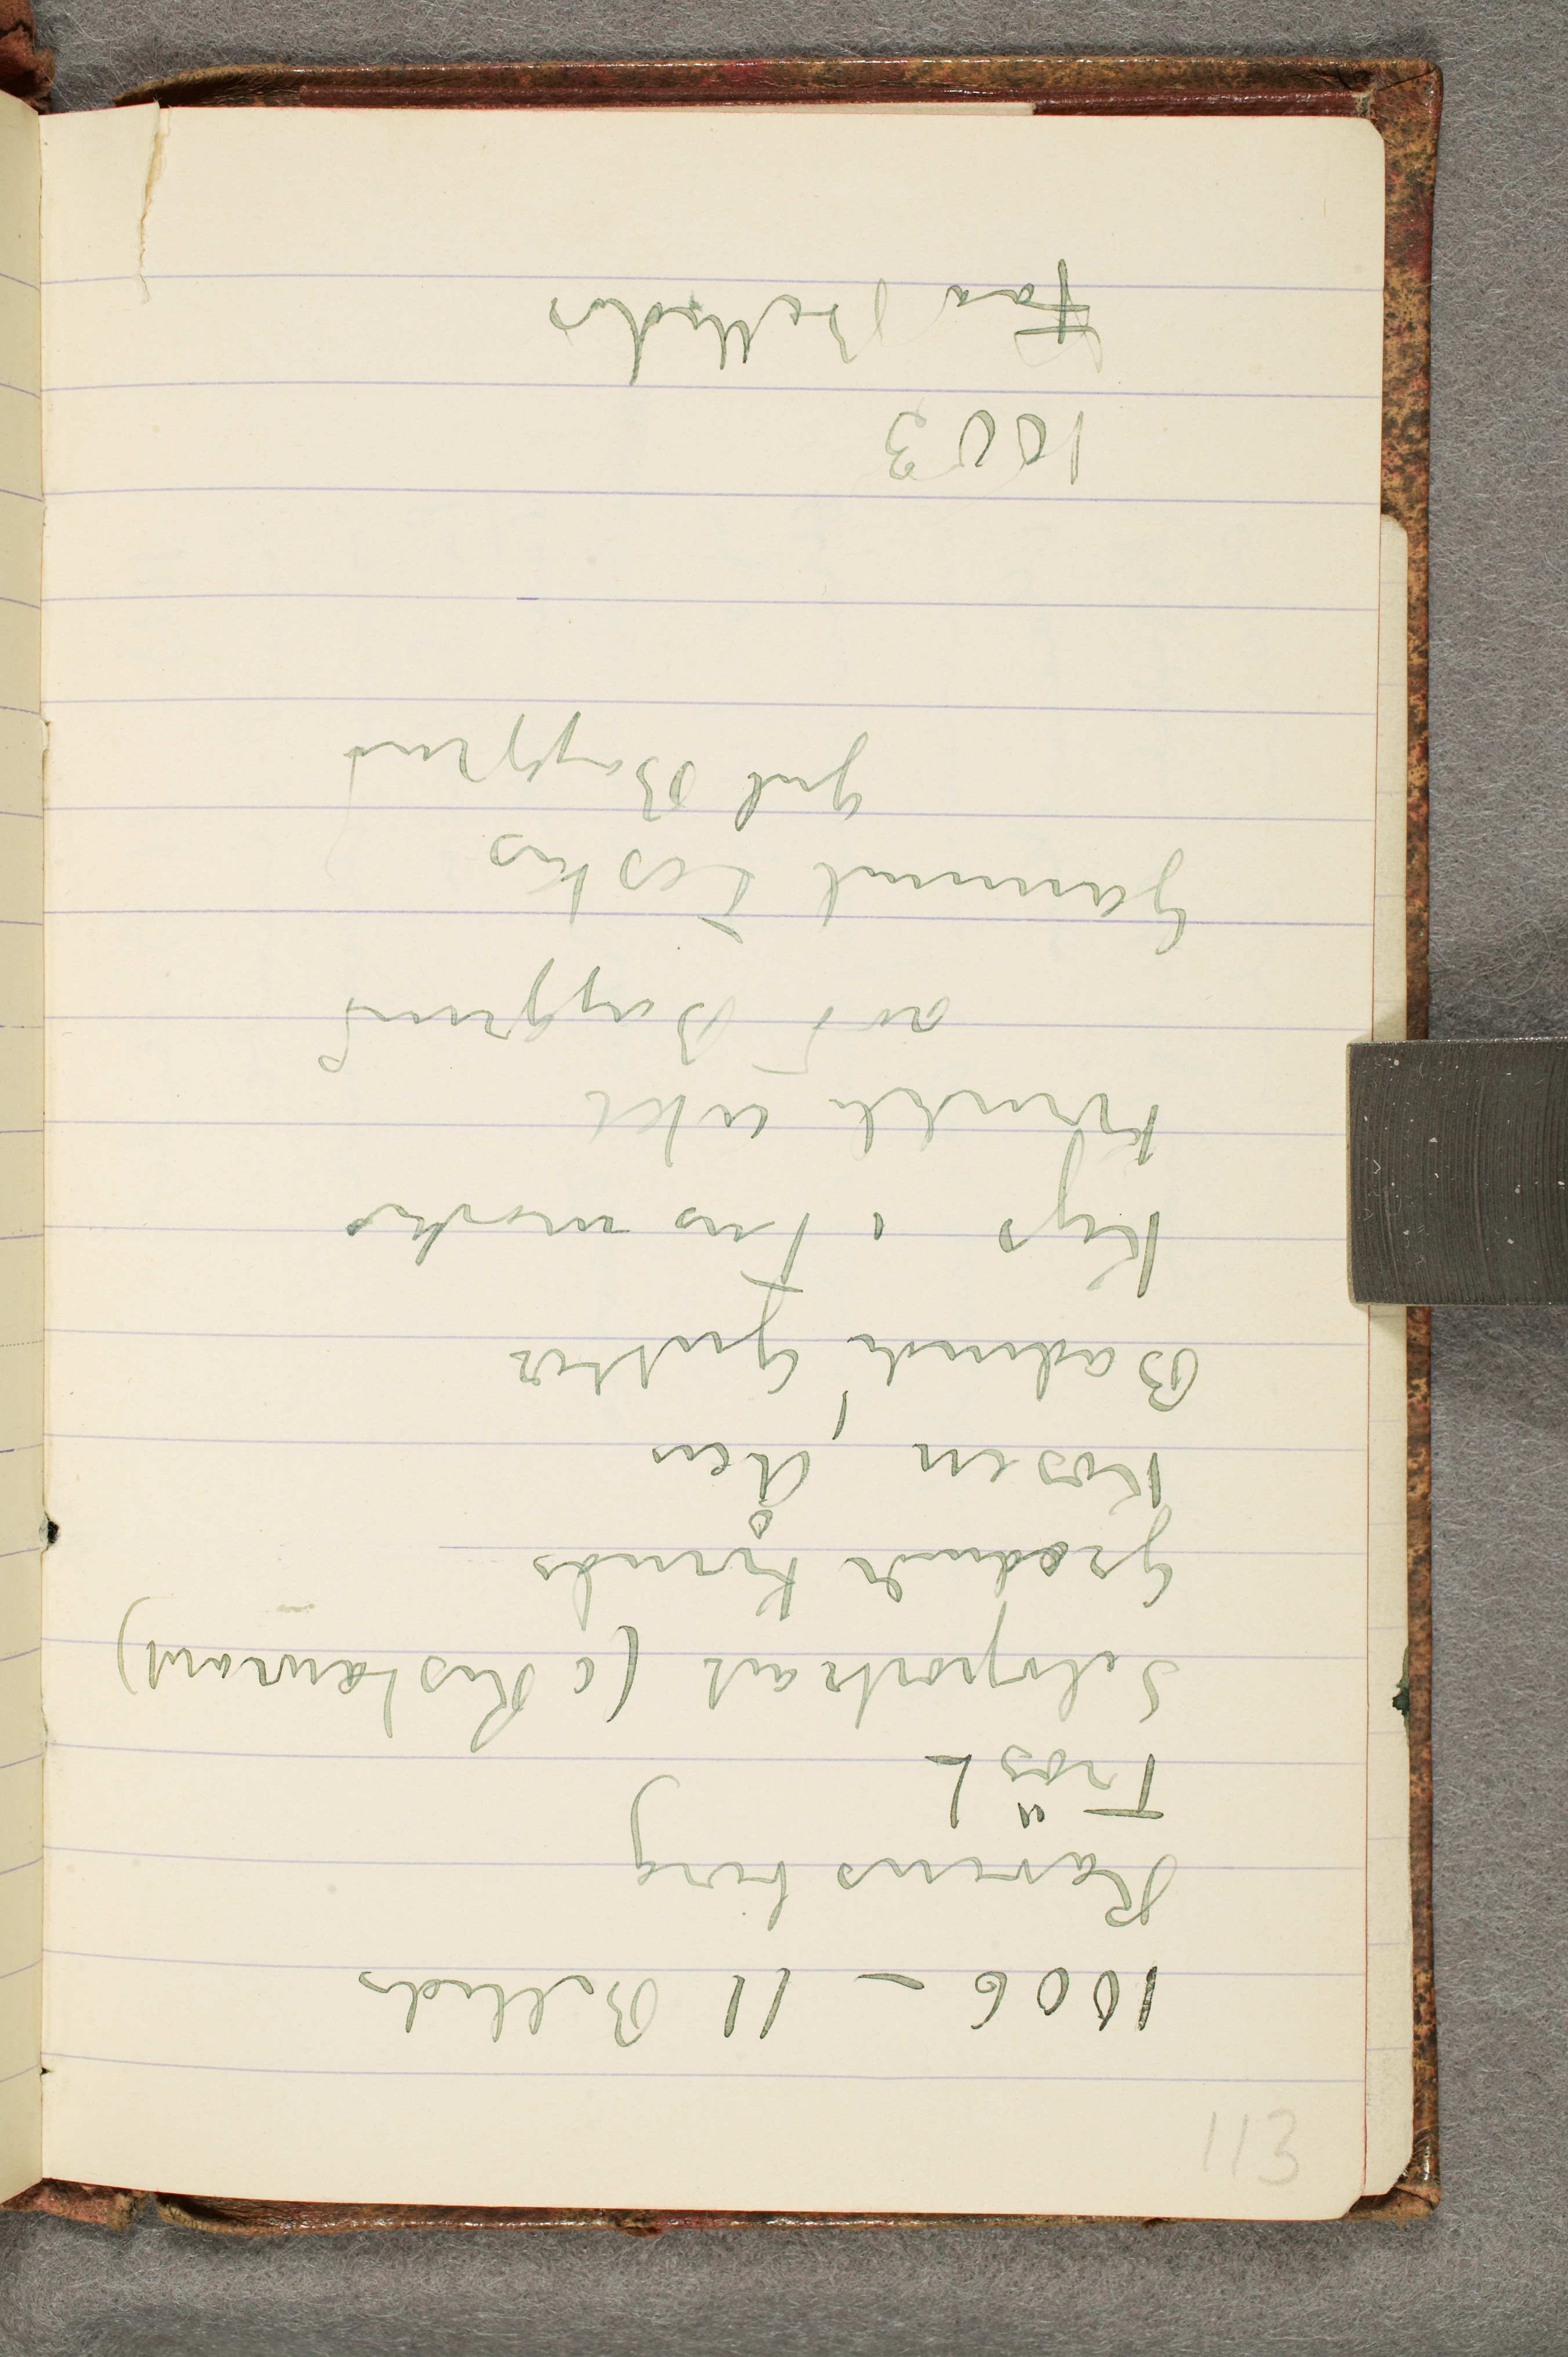
1006 - 11 Billeder
Ravensberg
Trøst
Selvportrait (i Restaurant)
Grædende Kvinde
Køsen, Åen
Badende Gutter
Kys i Tusmørket
Kvindeli akt
rød Baggrund
Gammel Fisker
gul Baggrund
1003
Faa Billeder